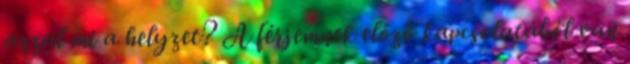
azzal mi a helyzet? A fėrjemnek előző kapcsolatából van